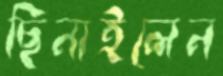
ছিনাইলেন